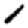
Digit: 1